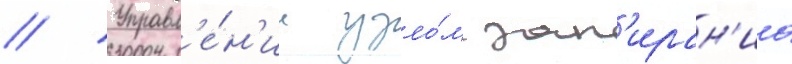
// Управл'е́н'ие узло́м зап'иран'иа